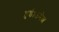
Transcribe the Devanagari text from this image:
हुई।उमेश